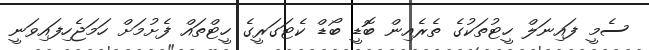
ސެމީ ފައިނަލް ހީޓުތަކުގެ ތެރެއިން ބޮޑީ ބޯޑް ކެޓަގަރީގެ ހީޓްތައް ފެށުމަށް ހަމަޖެހިފައިވަނީ